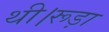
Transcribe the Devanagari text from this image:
थी।रूड़ा